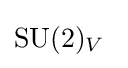
{\text{SU}}(2)_{V}\